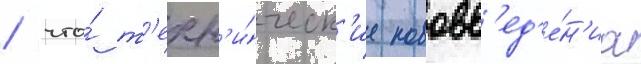
/ что́ т'ехн'и́ческ'ие нововв'ед'е́н'иа